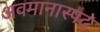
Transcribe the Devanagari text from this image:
अवमानास्पद